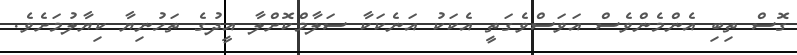
ގޮސް ތިބި އެންމެންވެސް އަވަސްވެގަތީ އެކަކު އަނެކަކާ ސަލާމްކޮށްލާ އީދުގެ ތަހުނިޔާ ކިޔާލުމަށެވެ.